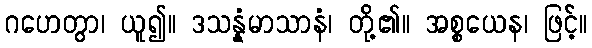
ဂဟေတွာ၊ ယူ၍။ ဒသန္နံမာသာနံ၊ တို့၏။ အစ္စယေန၊ ဖြင့်။